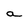
Character: a